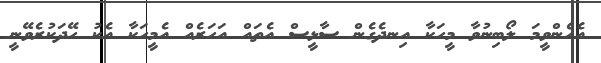
އެހެންވީމަ ލޯބިނުވާ މީހަކާ އިނދެގެން ސާޅީސް އެތައް އަހަރެއް އެމީހަކާ އެކު ހޭދަކުރެވޭނީ